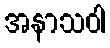
အနာသဝါ